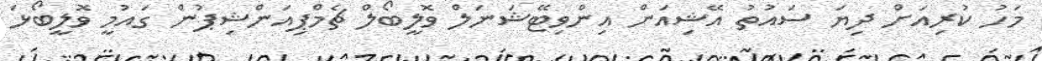
މަހު ކުރިއަށް ދިޔަ ސައުތު އޭޝިއަން އިންވިޓޭޝަނަލް ވޮލީބޯލް ޗެމްޕިއަންޝިޕުން ގައުމީ ވޮލީބޯޅަ